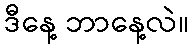
ဒီနေ့ ဘာနေ့လဲ။